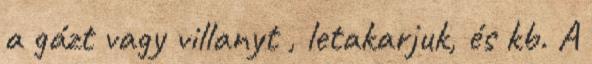
a gázt vagy villanyt , letakarjuk, és kb. A